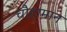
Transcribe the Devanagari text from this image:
चौहामान